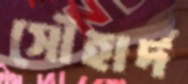
সৌহার্দ